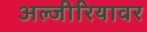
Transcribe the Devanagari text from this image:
अल्जीरियावर